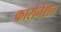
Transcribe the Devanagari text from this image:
कारोनेशन